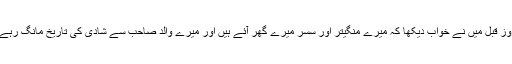
دو روز قبل میں نے خواب دیکھا کہ میرے منگیتر اور سسر میرے گھر آئے ہیں اور میرے والد صاحب سے شادی کی تاریخ مانگ رہے ہیں۔